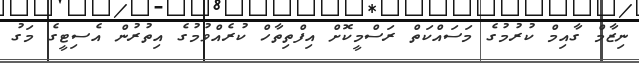
ނިޒާމް ގާއިމް ކުރުމުގެ މަސައްކަތް ރަސްމީކޮށް އިފްތިތާހް ކުރެއްވުމުގެ އިތުރުން އެސިޓީގެ މަގު